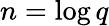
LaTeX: n=\log{q}